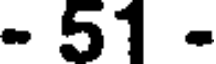
- 51 -